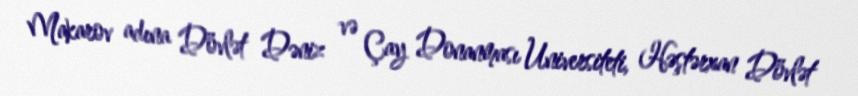
Makarov adına Dövlət Dəniz və Çay Donanması Universiteti, Həştərxan Dövlət